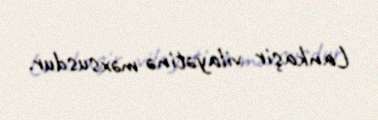
Lankaşir vilayətinə məxsusdur.